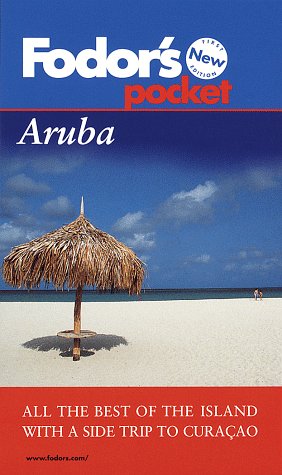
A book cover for Pocket Aruba: All The Best of the Island with a Side Trip to Curacao (1st ed); Fodor's; Travel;